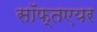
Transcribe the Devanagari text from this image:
सॉफ्तएयर